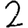
Digit: 2